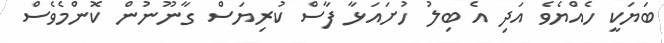
ބަޔަކީ ހެއްޔެވެ އަދި އެ ބިލު ހުށައަޅާ ފާސް ކުރިޔަސް ގާނޫނުން ކޮންމެވެސް